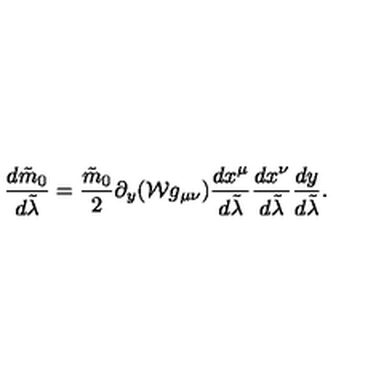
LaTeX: { \frac { d \tilde { m } _ { 0 } } { d \tilde { \lambda } } } = { \frac { \tilde { m } _ { 0 } } { 2 } } \partial _ { y } ( { \cal W } g _ { \mu \nu } ) { \frac { d x ^ { \mu } } { d \tilde { \lambda } } } { \frac { d x ^ { \nu } } { d \tilde { \lambda } } } { \frac { d y } { d \tilde { \lambda } } } .